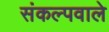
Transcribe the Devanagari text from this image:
संकल्पवाले